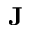
{ \bf J }